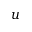
u